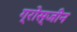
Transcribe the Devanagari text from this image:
ग्रोस्जीन